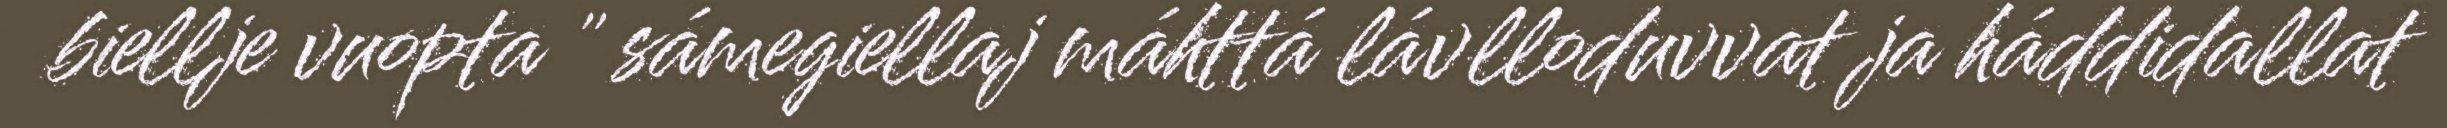
biellje vuopta " sámegiellaj máhttá lávlloduvvat ja háddidallat